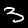
Digit: 3